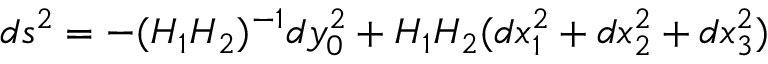
d s ^ { 2 } = - ( H _ { 1 } H _ { 2 } ) ^ { - 1 } d y _ { 0 } ^ { 2 } + H _ { 1 } H _ { 2 } ( d x _ { 1 } ^ { 2 } + d x _ { 2 } ^ { 2 } + d x _ { 3 } ^ { 2 } )